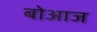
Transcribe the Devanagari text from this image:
बोआज